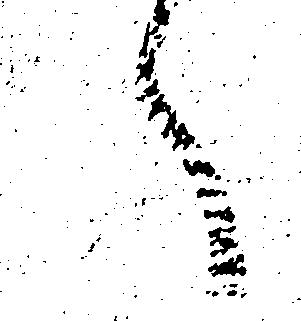
へ